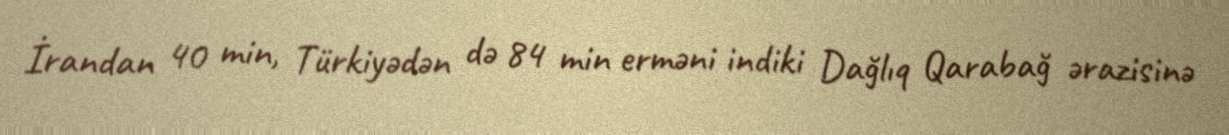
İrandan 40 min, Türkiyədən də 84 min erməni indiki Dağlıq Qarabağ ərazisinə